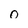
Character: O